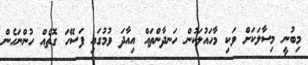
މިބުނީ މިސާލަކަށް ވަކި މާހައުލަކުން ހަނދާންތައް އިއާދަ ވުމުގައި ފަސޭހަ ގޮތެއް ހުންނަހެން